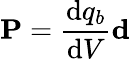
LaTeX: \mathbf{P}={\frac{\mathrm{d}q_{b}}{\mathrm{d}V}}\mathbf{d}